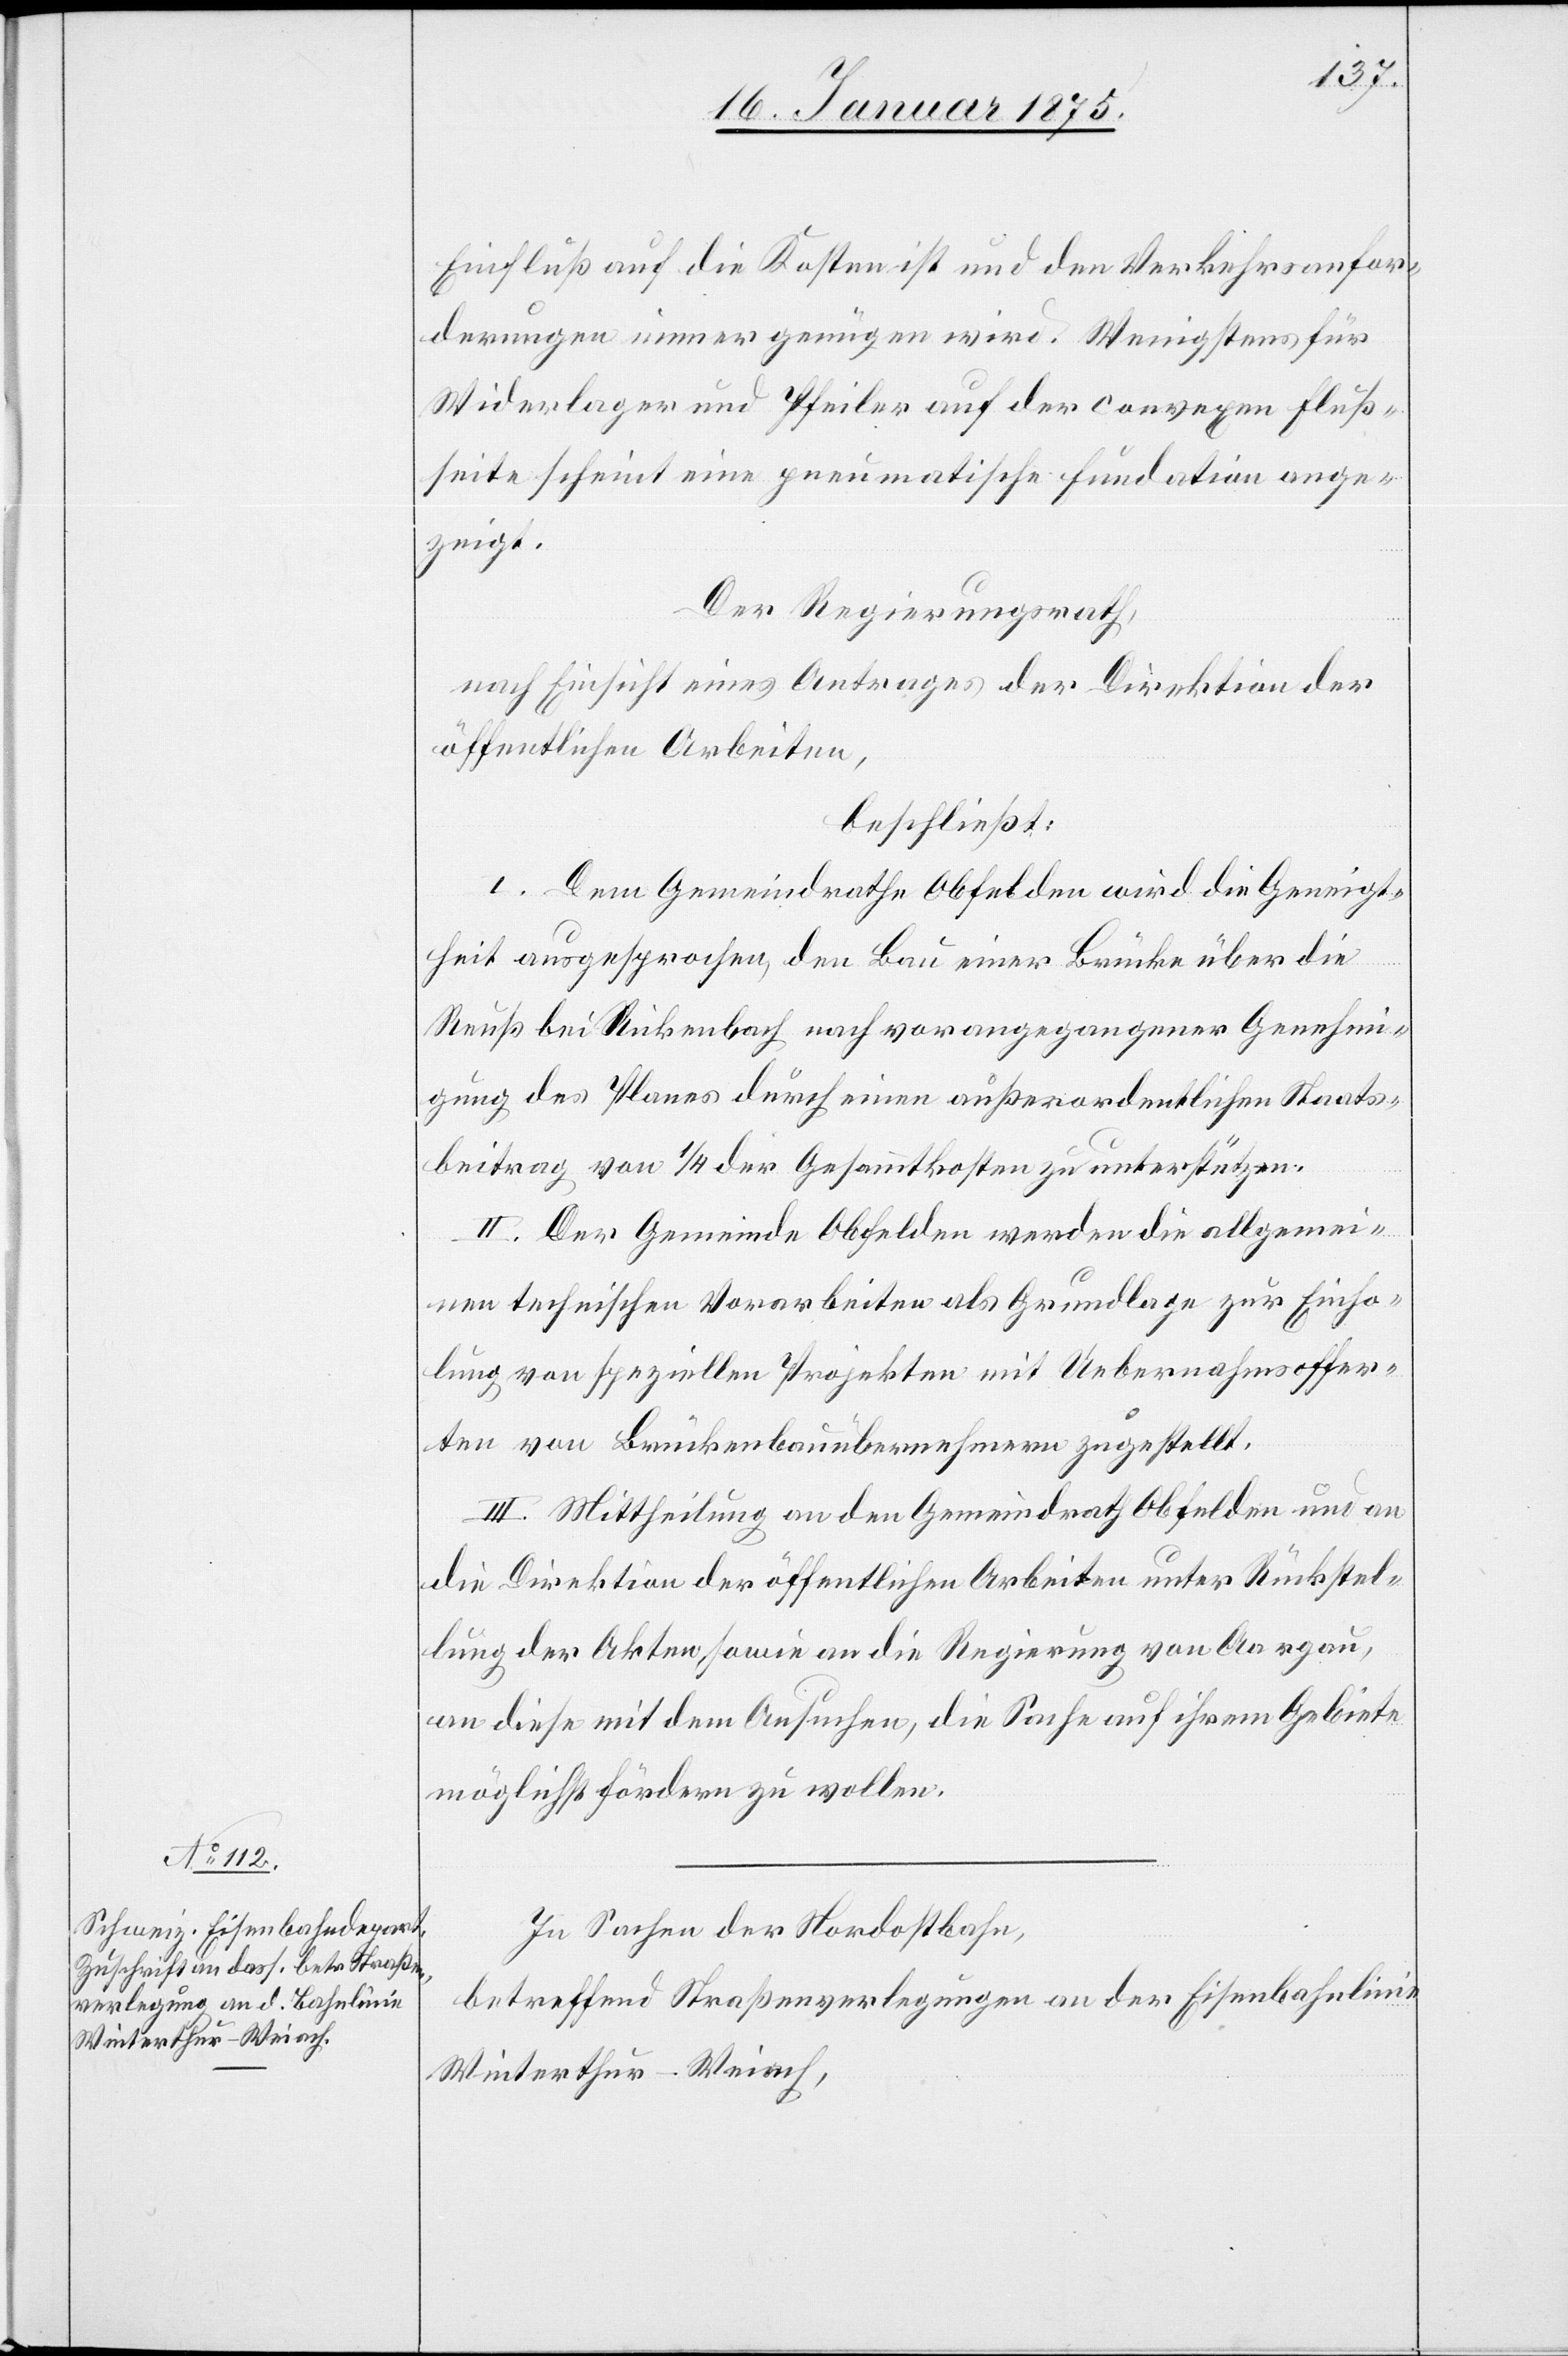
Einfluß auf die Kosten und den Verkehrsanfor¬
derungen immer genügen wird. Wenigstens für
Widerlager und Pfeiler auf der convexen Fluß¬
seite scheine eine pneumatische Fundation ange¬
zeigt.
Der Regierungsrath,
nach Einsicht eines Antrages der Direktion der
öffentlichen Arbeiten,
beschließt:
I. Dem Gemeindrathe Obfelden wird die Geneigt¬
heit ausgesprochen, den Bau einer Brücke über die
Reuß bei Rickenbach nach vorangegangener Genehmi¬
gung des Planes durch einen außerordentlichen Staats¬
beitrag von 1/4 der Gesammtkosten zu unterstützen.
II. Der Gemeinde Obfelden werden die allgemei¬
nen technischen Vorarbeiten als Grundlage zur Einho¬
lung von speziellen Projekten mit Uebernahmsoffer¬
ten von Brückenbauübernehmern zugestellt.
III. Mittheilung an den Gemeindrath Obfelden und an
die Direktion der öffentlichen Arbeiten unter Rückstel¬
lung der Akten, sowie an die Regierung von Aargau,
an diese mit dem Ansuchen, die Sache auf ihrem Gebiete
möglichst fördern zu wollen.
In Sachen der Nordostbahn,
betreffend Straßenverlegungen an der Eisenbahnlinie
Winterthur–Weiach,